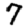
Digit: 7